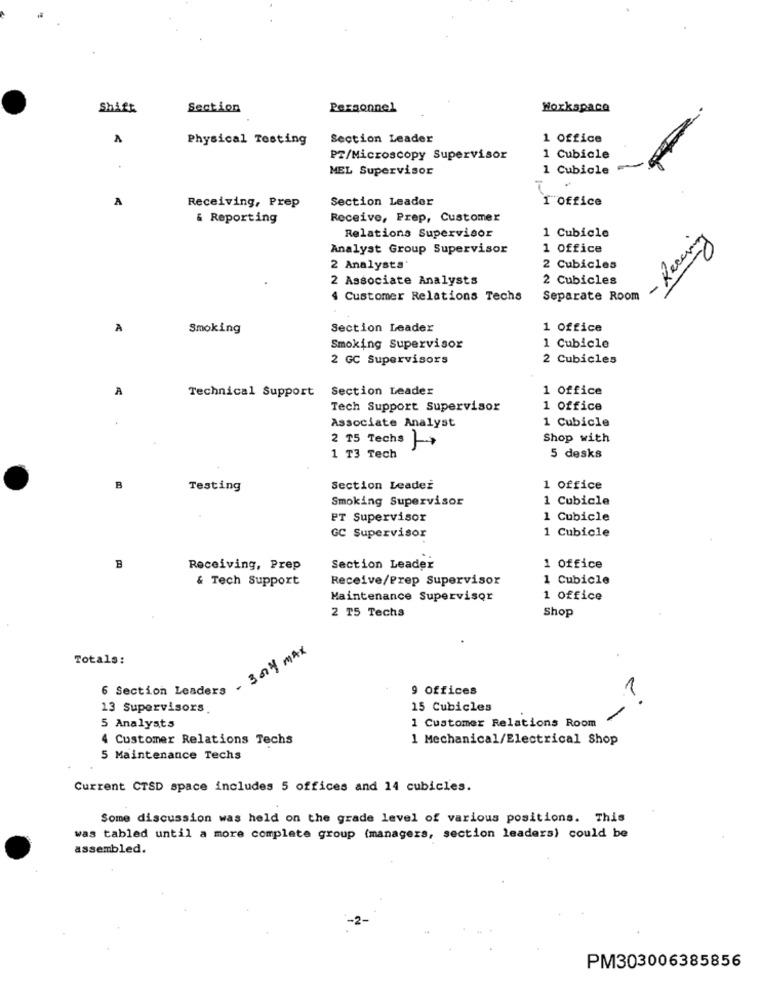
Shift
Section
Personnel
Workspace
Physical Testing
Section Leader
1 Office
PT/Microscopy Supervisor
1 Cubicle
.
MEL Supervisor
1 Cubicle
A
Section Leader
I'office
Receiving, Prep
& Reporting
Receive, Prep, Customer
1 Cubicle
Relations Supervisor
- Recuring
Analyst Group Supervisor
1 office
2 Analysts'
2 Cubicles
2 Associate Analysts
2 Cubicles
4 Customer Relations Techs
Separate Room
À
Smoking
Section Leader
1 Office
Smoking Supervisor
1 Cubicle
2 GC Supervisors
2 Cubicles
A
Technical Support Section Leader
1 Office
Tech Support Supervisor
1 Office
Associate Analyst
1 Cubicle
2 15 Techs
Shop with
1 T3 Tech
5 desks
B
Testing
Section Leader
1 office
Smoking Supervisor
1 Cubicle
ET Supervisor
1 Cubicle
1 Cubicle
GC Supervisor
B
Receiving, Prep
Section Leader
1 Office
& Tech Support
Receive/Prep Supervisor
1 Cubicle
Maintenance Supervisor
1 office
2 T5 Techs
Shop
Totals:
6 Section Leaders - 304 MAX
9 Offices
13 Supervisors
15 Cubicles
1 Customer Relations Room
5 Analysts
4 Customer Relations Techs
1 Mechanical/Electrical Shop
5 Maintenance Techs
Current CTSD space includes 5 offices and 14 cubicles.
Some discussion was held on the grade level of various positions. This
was tabled until a more complete group (managers, section leaders) could be
assembled.
PM303006385856